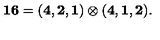
{ \bf 1 6 } = ( { \bf 4 } , { \bf 2 } , { \bf 1 } ) \otimes ( { \bf 4 } , { \bf 1 } , { \bf 2 } ) .